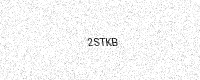
Text: 2STKB